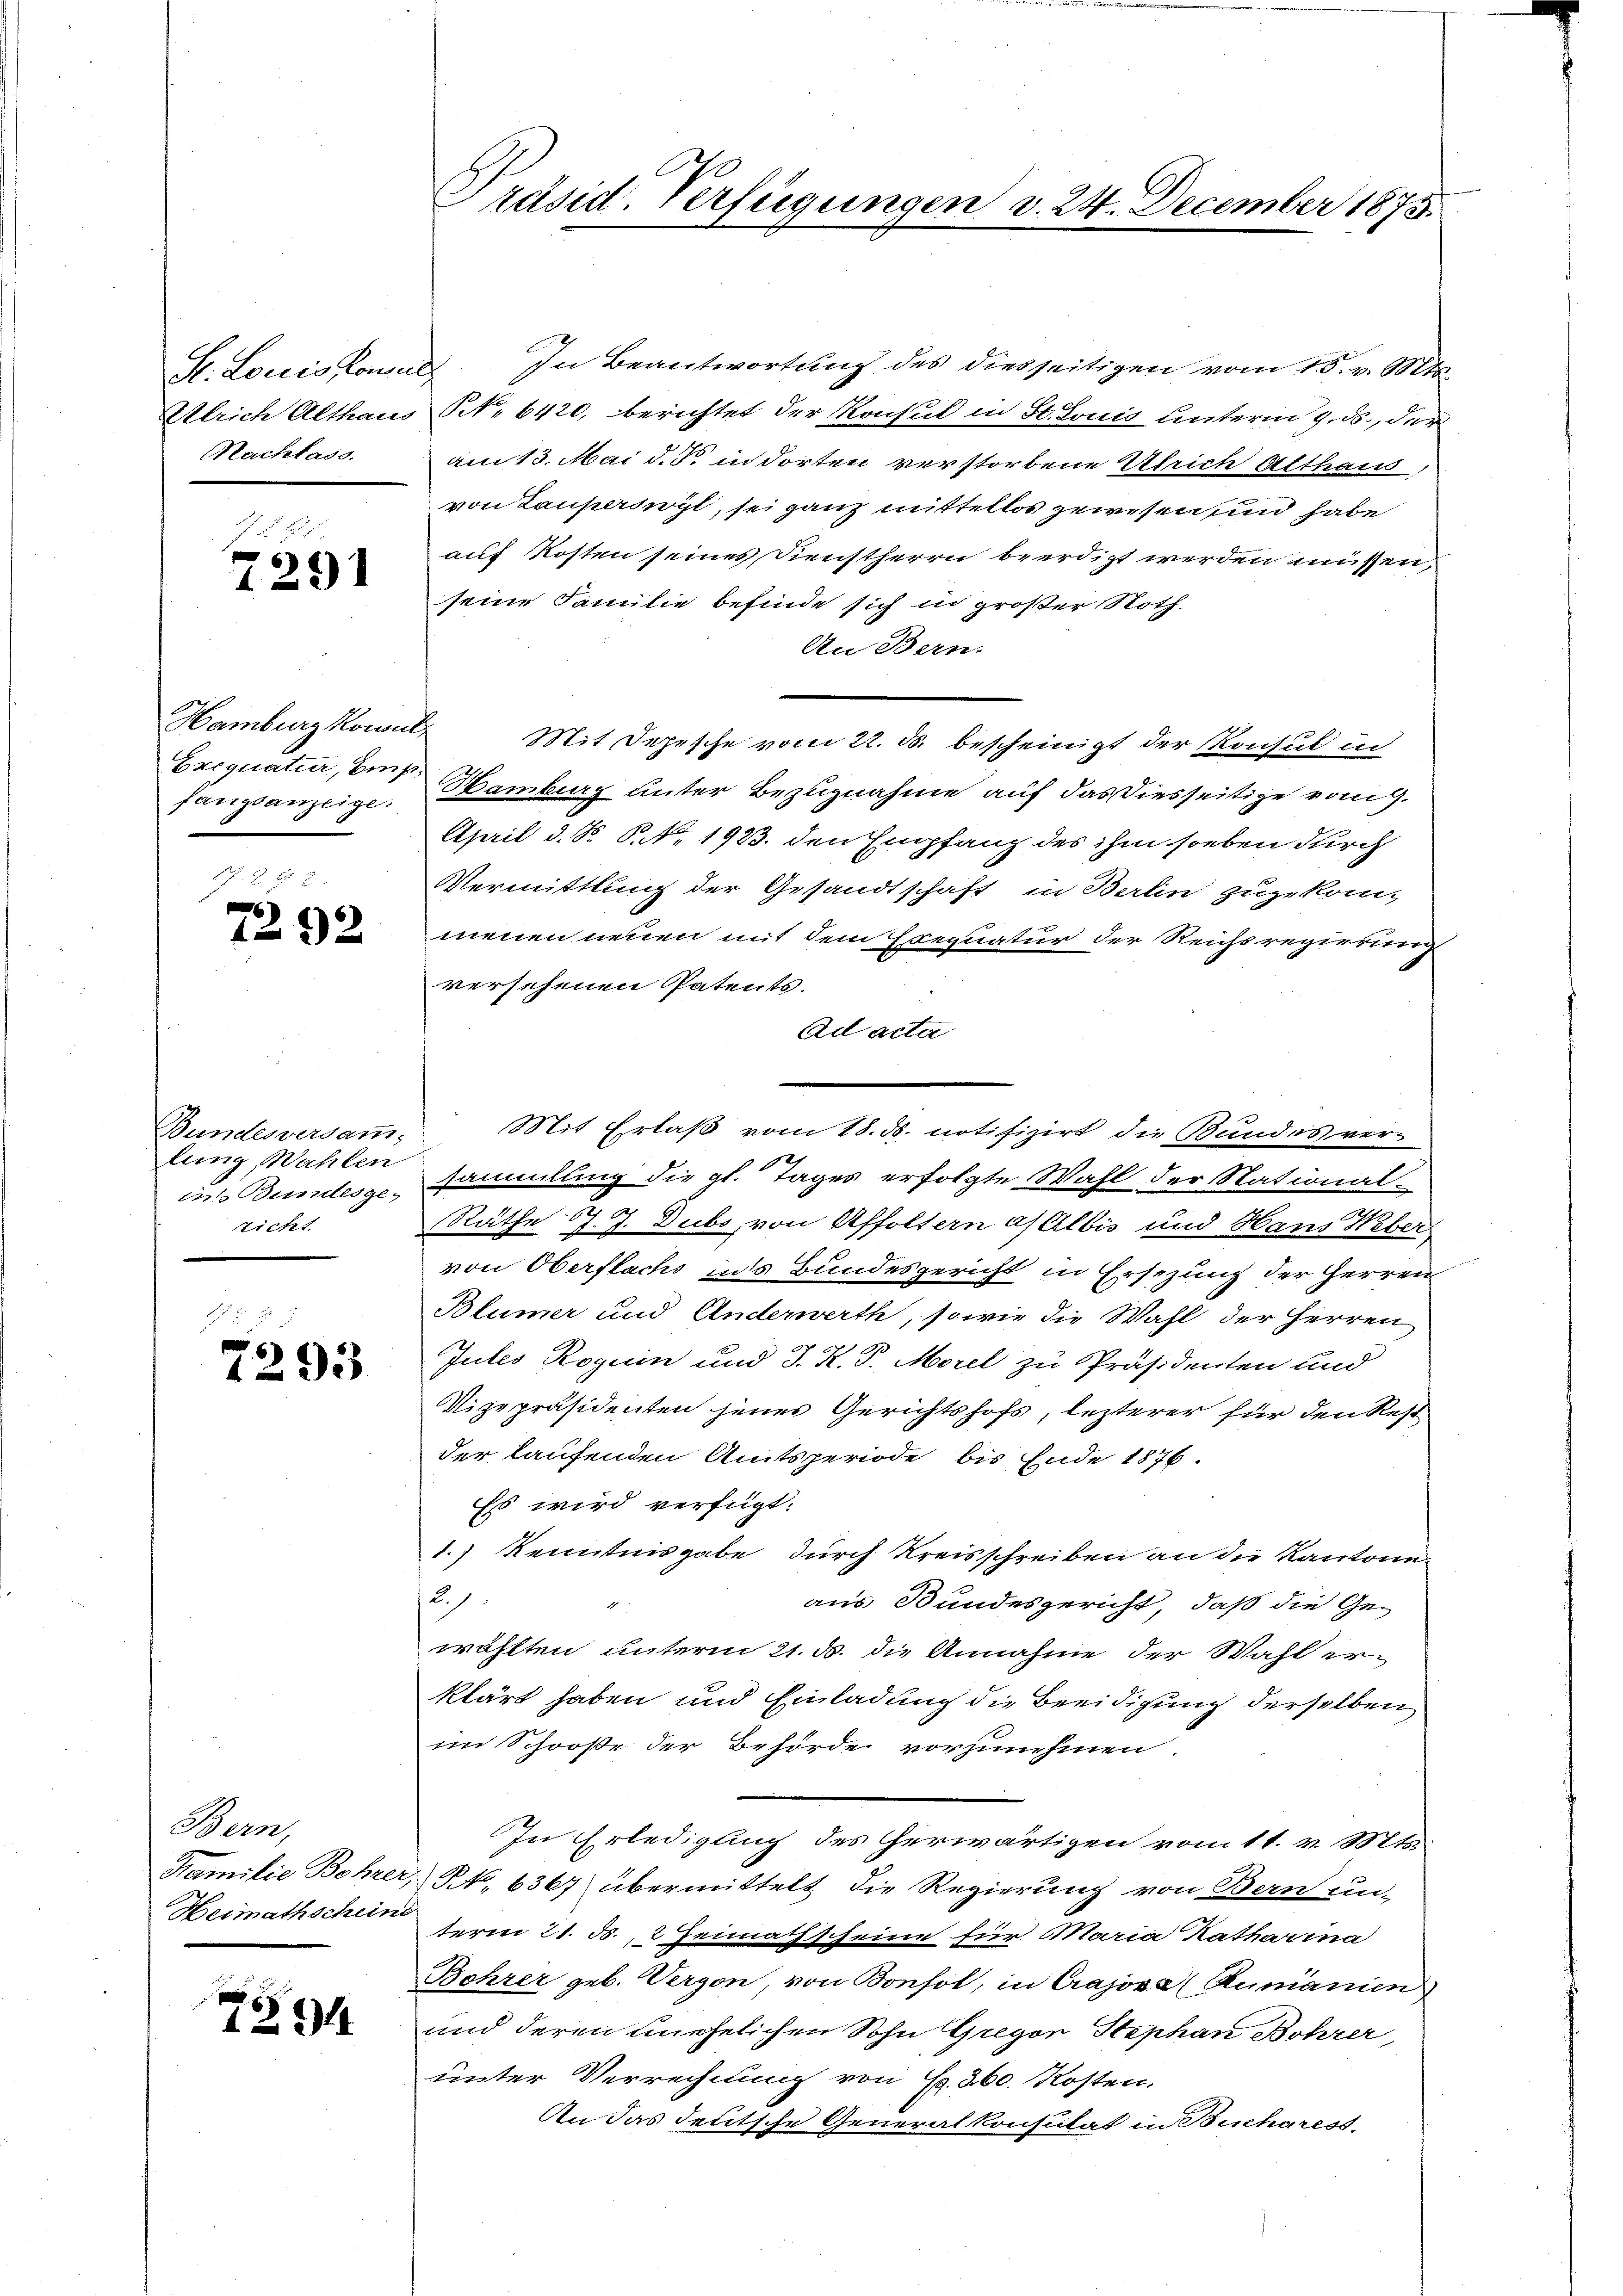
S. Louis Consul
Nachlass.

f 8
7291

Hamburg Kowalfangsanzeige

7292

Bundesversam,
lung, Wahlen
Ticht

7293

Bern,
Familie Bohre.
Heimathschein

794

In Beantwortung des diesseitigen vom 15. v. M.
Elrich Althaus N. 6420, berichtet der Konsul in St. Louis unterm 9. ds., der
am 13. Mai d. d. in dorten verstorbene Ulrich Althaus,
von Lauperswyl, sei ganz mittellos gewesen und habe
auf Kosten seines Dienstherrn beerdigt werden müssen,
seine Familie befinde sich in großer Noth-
An Bern.
Mit Depesche vom 22. ds. bescheinigt der Konsul in
Exequatier, auf Hamburg unter Bezugnahme auf das diesseitige vom 9.
April d. R. P. Nr. 1923. den Empfang des ihm soeben durch
Vermittlung der Gesandtschaft in Berlin zugekom-
menen neuen mit dem Exequatur der Reichsregierung
versehenen Patents.
Ad acta
h
in Bundesgesammlung die gl. Tages erfolgte Wahl der National-
Räthe J. J. Dubs, von Affoltern a/Albis und Hans Weber
von Oberflachs in’s Bundesgericht in Ersezung der Herren
Blümer und Anderwerth, sowie die Wahl der Herren
Jules Roguin und J. K. P. Morel zu Präsidenten und
Vizepräsidenten jenes Gerichtshofs, lezterer für den Rest
der laufenden Amtsperiode bis Ende 1876.
Es wird verfügt:
1.) Kenntnisgabe durch Kreisschreiben an die Kantone
2.7.
aus Bundesgericht, daß die Gewählten unterm 21. d. die Annahme der Wahl erklärt haben und Einladung die Beeidigung derselben
im Schooße der Behörde vorzunehmen.
In Erledigung des herwärtigen vom 11. v. Mts.
 NNo. 6367) übermittelt die Regierung von Bern un-
term 21. ds., 2 Heimathscheine für Maria Katharina
Bohrer geb. Vergon, von Bonfol, in Crajova (Rumanien
und deren unehelichen Sohn Gregor Stephan Bohrer,
unter Verrechnung von Fr. 360. Kosten
An das deutsche Generalkonsulat in Bucharest.

Präsid. Verfügungen v. 24. December 1875.

Mit Erlaß vom 18. d. notifizirt die Bundes ver¬